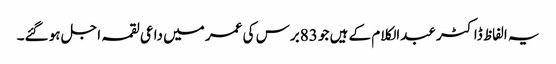
یہ الفاظ ڈاکٹر عبدالکلام کے ہیں جو 83برس کی عمر میں داعی لقمہ اجل ہو گئے۔